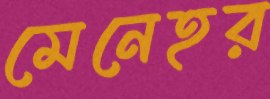
মেনেহর